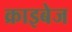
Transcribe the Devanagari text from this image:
क्राइबेज